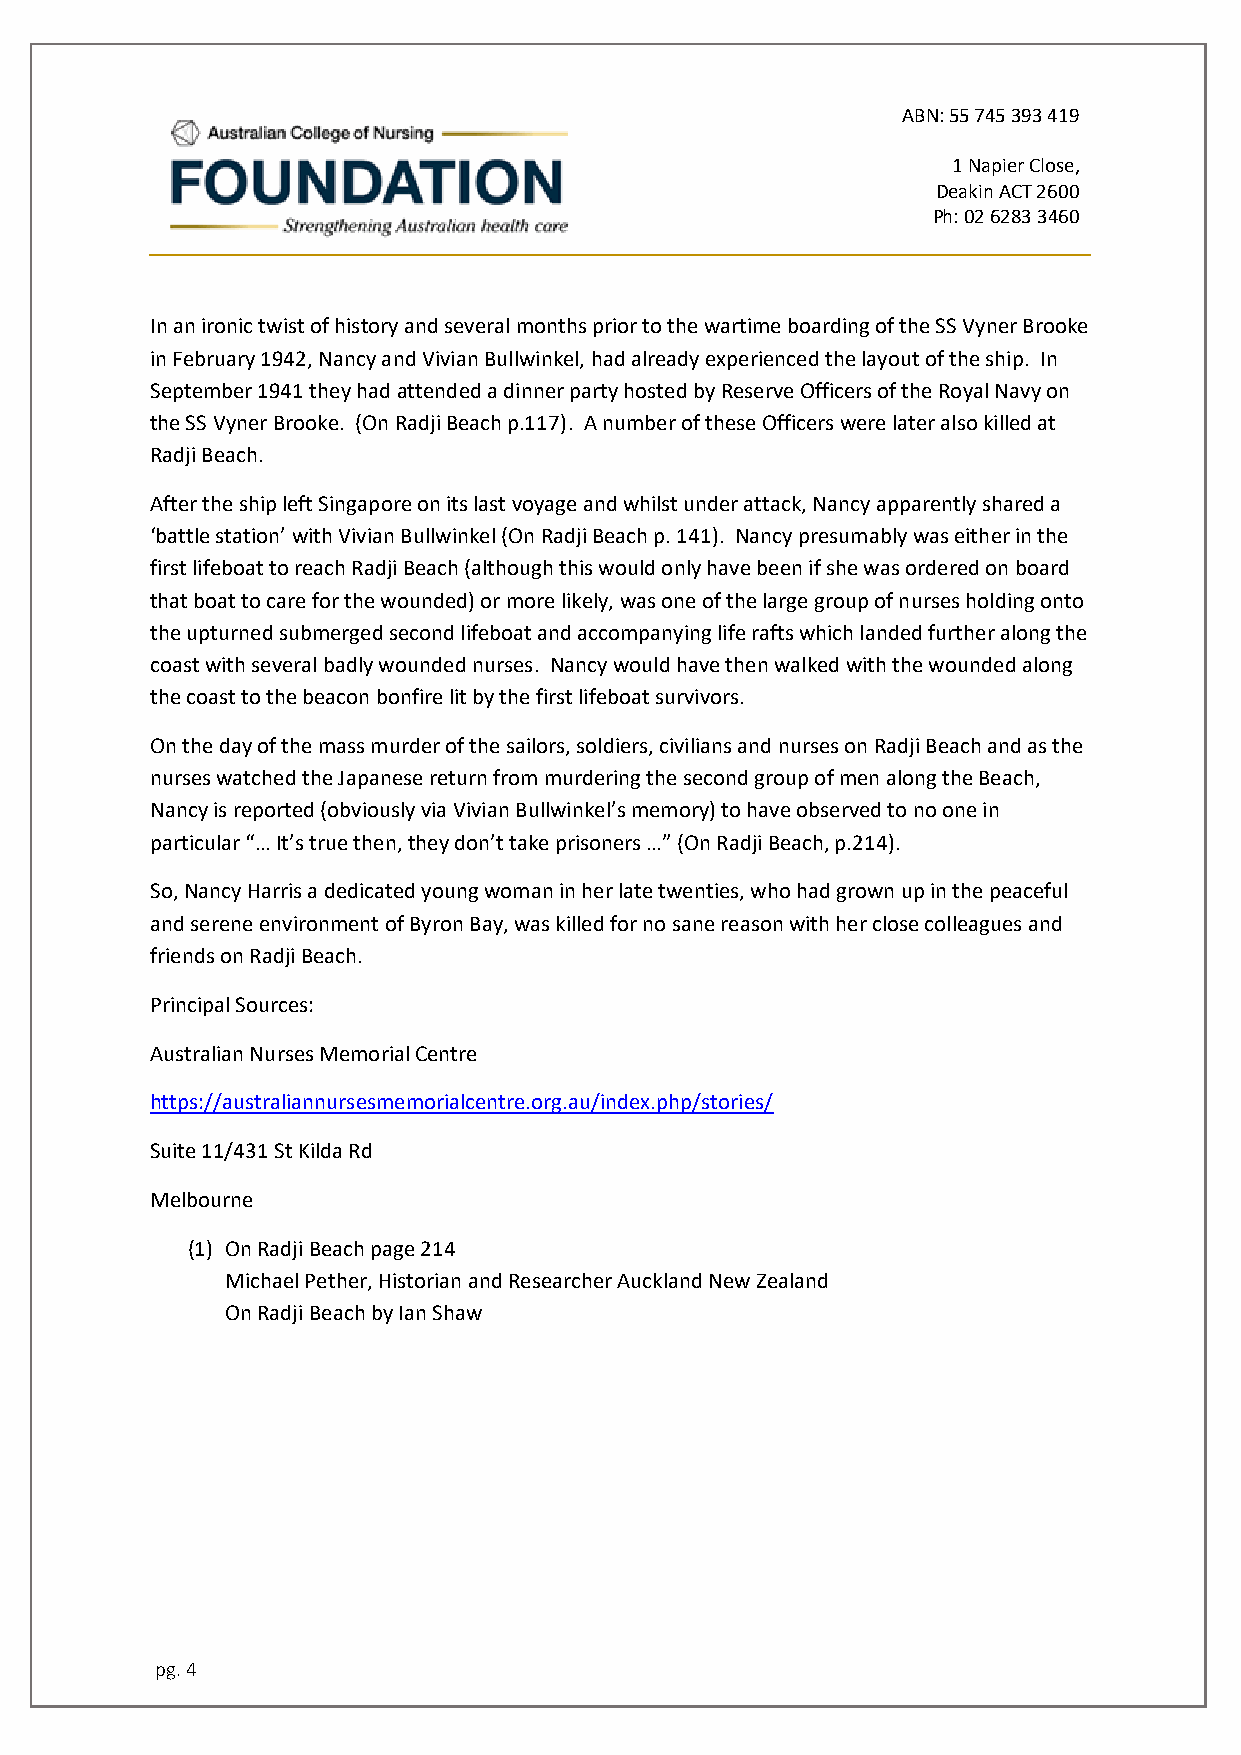
ABN: 55 745 393 419
 1 Napier Close,
 Deakin ACT 2600
 Ph: 02 6283 3460
 In an ironic twist of history and several months prior to the wartime boarding of the SS Vyner Brooke
 in February 1942, Nancy and Vivian Bullwinkel, had already experienced the layout of the ship. In
 September 1941 they had attended a dinner party hosted by Reserve Officers of the Royal Navy on
 the SS Vyner Brooke. (On Radji Beach p.117). A number of these Officers were later also killed at
 Radji Beach.
 After the ship left Singapore on its last voyage and whilst under attack, Nancy apparently shared a
 ‘battle station’ with Vivian Bullwinkel (On Radji Beach p. 141). Nancy presumably was either in the
 first lifeboat to reach Radji Beach (although this would only have been if she was ordered on board
 that boat to care for the wounded) or more likely, was one of the large group of nurses holding onto
 the upturned submerged second lifeboat and accompanying life rafts which landed further along the
 coast with several badly wounded nurses. Nancy would have then walked with the wounded along
 the coast to the beacon bonfire lit by the first lifeboat survivors.
 On the day of the mass murder of the sailors, soldiers, civilians and nurses on Radji Beach and as the
 nurses watched the Japanese return from murdering the second group of men along the Beach,
 Nancy is reported (obviously via Vivian Bullwinkel’s memory) to have observed to no one in
 particular “… It’s true then, they don’t take prisoners …” (On Radji Beach, p.214).
 So, Nancy Harris a dedicated young woman in her late twenties, who had grown up in the peaceful
 and serene environment of Byron Bay, was killed for no sane reason with her close colleagues and
 friends on Radji Beach.
 Principal Sources:
 Australian Nurses Memorial Centre
 https://australiannursesmemorialcentre.org.au/index.php/stories/
 Suite 11/431 St Kilda Rd
 Melbourne
 (1) On Radji Beach page 214
 Michael Pether, Historian and Researcher Auckland New Zealand
 On Radji Beach by Ian Shaw
 pg. 4